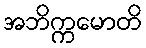
အဘိက္ကမောတိ